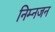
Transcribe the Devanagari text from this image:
निम्नजन